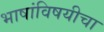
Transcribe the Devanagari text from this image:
भाषांविषयीचा